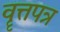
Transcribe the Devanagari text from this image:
वॄत्तपत्र